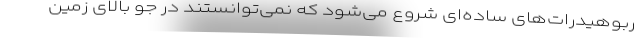
ربوهیدرات‌های ساده‌ای شروع می‌شود که نمی‌توانستند در جو بالای زمین